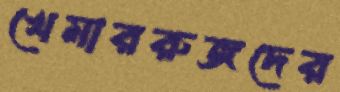
খেমাররুজদের